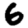
Digit: 6